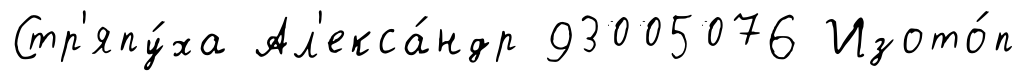
Стр'япу́ха Ал'екса́ндр 93005076 Изото́п